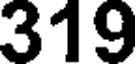
319